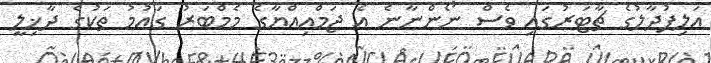
އަލިފުދާލުގެ ޗާޓަރުގައި ވެސް ނޯންނާނެ އެ ޖަމްއިއްޔާގެ މެމްބަރު ގައުމު ތަކުގެ ދާޚިލީ